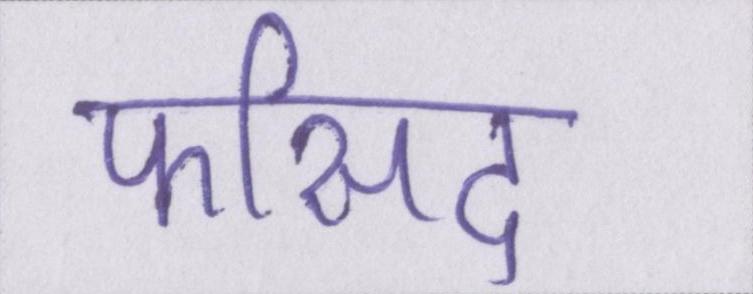
फीसद